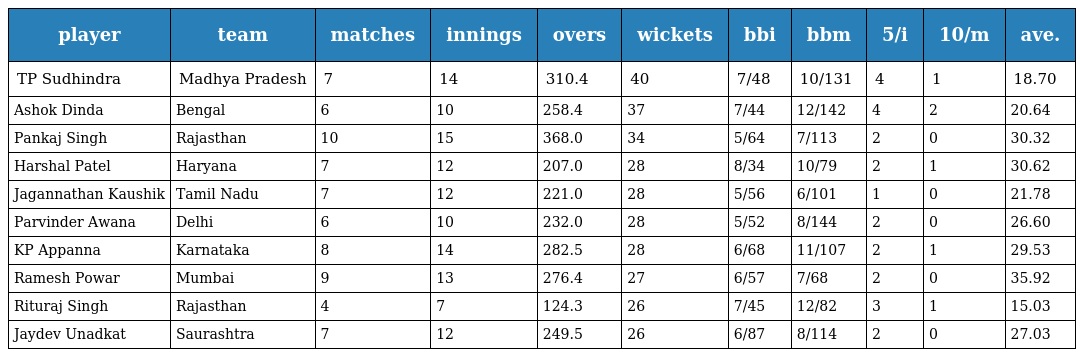
| player | team | matches | innings | overs | wickets | bbi | bbm | 5/i | 10/m | ave. |
 | --- | --- | --- | --- | --- | --- | --- | --- | --- | --- | --- |
 | TP Sudhindra | Madhya Pradesh | 7 | 14 | 310.4 | 40 | 7/48 | 10/131 | 4 | 1 | 18.70 |
 | Ashok Dinda | Bengal | 6 | 10 | 258.4 | 37 | 7/44 | 12/142 | 4 | 2 | 20.64 |
 | Pankaj Singh | Rajasthan | 10 | 15 | 368.0 | 34 | 5/64 | 7/113 | 2 | 0 | 30.32 |
 | Harshal Patel | Haryana | 7 | 12 | 207.0 | 28 | 8/34 | 10/79 | 2 | 1 | 30.62 |
 | Jagannathan Kaushik | Tamil Nadu | 7 | 12 | 221.0 | 28 | 5/56 | 6/101 | 1 | 0 | 21.78 |
 | Parvinder Awana | Delhi | 6 | 10 | 232.0 | 28 | 5/52 | 8/144 | 2 | 0 | 26.60 |
 | KP Appanna | Karnataka | 8 | 14 | 282.5 | 28 | 6/68 | 11/107 | 2 | 1 | 29.53 |
 | Ramesh Powar | Mumbai | 9 | 13 | 276.4 | 27 | 6/57 | 7/68 | 2 | 0 | 35.92 |
 | Rituraj Singh | Rajasthan | 4 | 7 | 124.3 | 26 | 7/45 | 12/82 | 3 | 1 | 15.03 |
 | Jaydev Unadkat | Saurashtra | 7 | 12 | 249.5 | 26 | 6/87 | 8/114 | 2 | 0 | 27.03 |